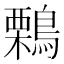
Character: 鷅